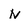
Character: N